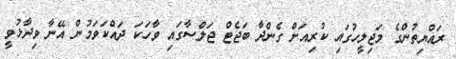
ރައްޔިތުންގެ މަޖިލީހުގައި ކުރިއަށް ގެންދާ ބަޖެޓް ޖަލްސާގައި ވާހަކަ ދައްކަވަމުން އޭނާ ވިދާޅުވީ